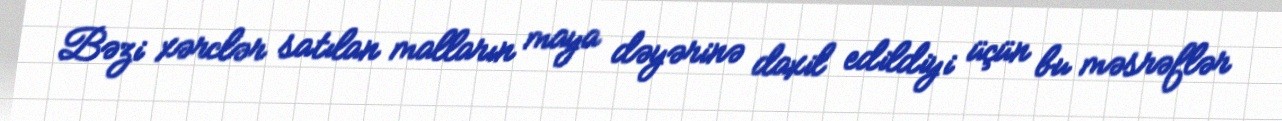
Bəzi xərclər satılan malların maya dəyərinə daxil edildiyi üçün bu məsrəflər